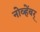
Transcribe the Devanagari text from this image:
नोव्हेंबर्